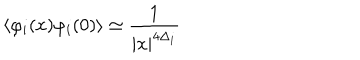
\langle \varphi _ { i } ( x ) \varphi _ { i } ( 0 ) \rangle \simeq \frac { 1 } { \hspace { 1 m m } | x | ^ { 4 \Delta _ { i } } }